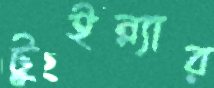
টুইন্ন্যার